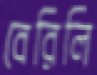
বেরিলি